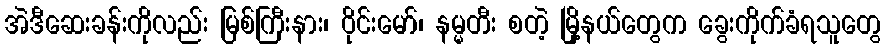
အဲဒီဆေးခန်းကိုလည်း မြစ်ကြီးနား၊ ဝိုင်းမော်၊ နမ္မတီး စတဲ့ မြို့နယ်တွေက ခွေးကိုက်ခံရသူတွေ